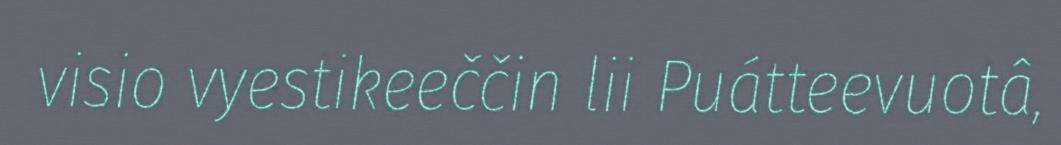
visio vyestikeeččin lii Puátteevuotâ,